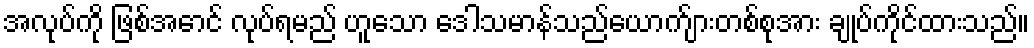
အလုပ်ကို ဖြစ်အောင် လုပ်ရမည် ဟူသော ဒေါသမာန်သည်ယောက်ျားတစ်စုအား ချုပ်ကိုင်ထားသည်။